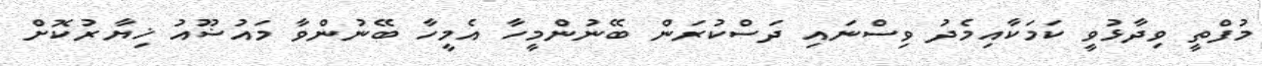
މުފްތީ ވިދާޅުވީ ކަމަކާއިމެދު ވިސްނައި ދަސްކުރަން ބޭނުންމީހާ އެމީހާ ބޭނުންވާ މައުޟޫއު ޚިޔާރުކޮށް